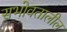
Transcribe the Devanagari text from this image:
सभोवतालील